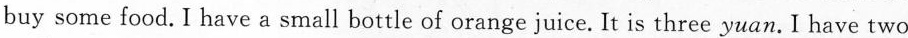
buy some food.I have a small bottle of orangejuice. It is three yuan.I have two